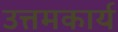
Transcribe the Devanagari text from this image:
उत्तमकार्य